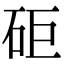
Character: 𥑭